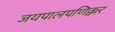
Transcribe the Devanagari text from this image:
जयपालपणिक्कर